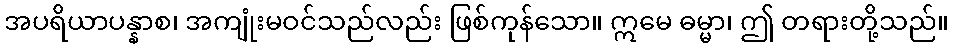
အပရိယာပန္နာစ၊ အကျုံးမဝင်သည်လည်း ဖြစ်ကုန်သော။ ဣမေ ဓမ္မာ၊ ဤ တရားတို့သည်။